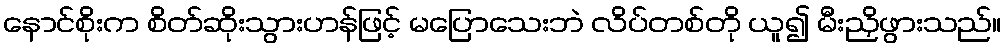
နောင်စိုးက စိတ်ဆိုးသွားဟန်ဖြင့် မပြောသေးဘဲ လိပ်တစ်တို ယူ၍ မီးညှိဖွားသည်။